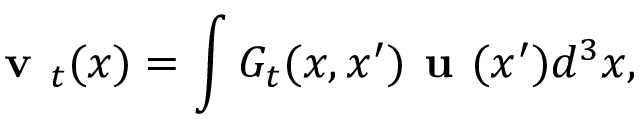
\textbf { v } _ { t } ( x ) = \int G _ { t } ( x , x ^ { \prime } ) \textbf { u } ( x ^ { \prime } ) d ^ { 3 } x ,